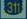
311